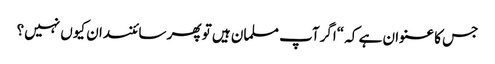
جس کا عنوان ہے کہ “اگرآپ مسلمان ہیں تو پھر سائنسدان کیوں نہیں؟